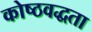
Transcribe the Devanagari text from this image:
कोष्ठवद्धता